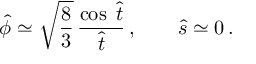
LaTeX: { \hat { \phi } } \simeq \sqrt { \frac { 8 } { 3 } } \, \frac { \cos \; { \hat { t } } } { { \hat { t } } } \, , \qquad { \hat { s } } \simeq 0 \, .